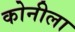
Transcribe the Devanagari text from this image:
कोनीला